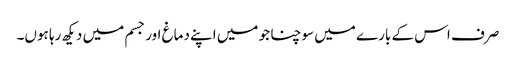
صرف اس کے بارے میں سوچنا جو میں اپنے دماغ اور جسم میں دیکھ رہا ہوں۔